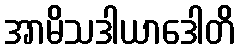
အာမိသဒါယာဒေါတိ